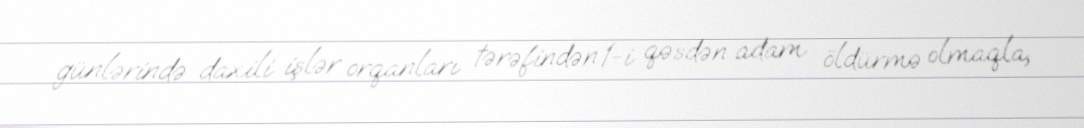
günlərində daxili işlər orqanları tərəfindən 1-i qəsdən adam öldürmə olmaqla,